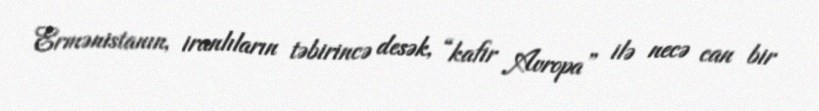
Ermənistanın, iranlıların təbirincə desək, “kafir Avropa” ilə necə can bir